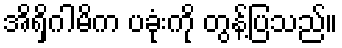
အိရှိဂါမိက ပခုံးကို တွန့်ပြသည်။